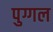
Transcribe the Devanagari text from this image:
पुग्गल